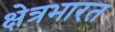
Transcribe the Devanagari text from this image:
क्षेत्रभारत